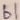
Text: b1